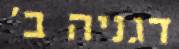
דגניה ב'